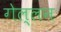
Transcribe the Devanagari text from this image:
गेल्लन